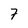
Character: 7